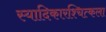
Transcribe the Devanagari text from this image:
स्यादिकारश्चित्कला